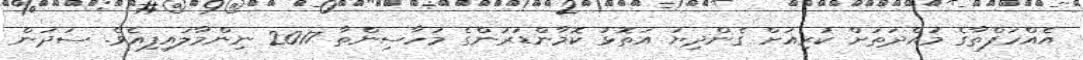
އެއްހަފްތާގެ މުއްދަތަށް ކުރިއަށް ގެންދިޔަ އަތޮޅު ކޮމާންޑަރުންގެ މަހާސިންތާ 2017 ނިންމާލައިފިއެވެ. ސަދަން